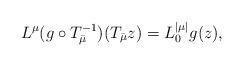
LaTeX: \begin{align*}L^\mu (g\circ T_{\bar\mu}^{-1}) (T_{\bar\mu} z) = L_0^{|\mu|} g(z),\end{align*}